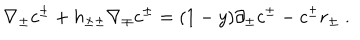
LaTeX: \nabla _ { \pm } c ^ { \pm } + h _ { \pm \pm } \nabla _ { \mp } c ^ { \pm } = ( 1 - y ) \partial _ { \pm } c ^ { \pm } - c ^ { \pm } r _ { \pm } \ .